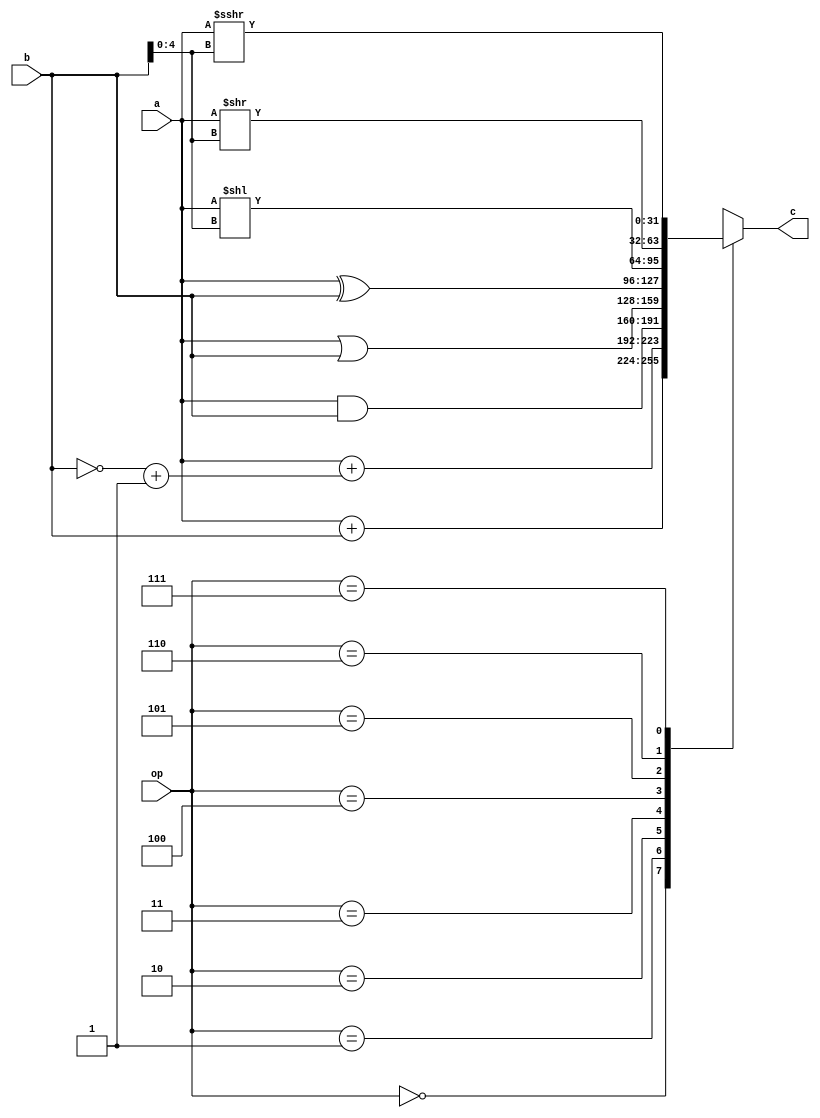
module ALU(
    input wire[31:0]a,
    input wire[31:0]b,
    input wire[2:0]op,       // cu.alu_op
    output wire[31:0]c
    );
    
    assign c = decoder(a, b, op);                           // op decoder
    function [31:0]decoder(input [31:0]a, input [31:0]b, input [2:0]op);
    begin
        case(op)
            3'd0:       decoder = a + b;                    // add
            3'd1:       decoder = a + ((~b) + 32'b1);       // sub
            3'd2:       decoder = a & b;                    // and
            3'd3:       decoder = a | b;                    // or
            3'd4:       decoder = a ^ b;                    // xor
            3'd5:       decoder = a << b[4:0];              // sll
            3'd6:       decoder = a >> b[4:0];              // srl
            3'd7:       decoder = ($signed(a)) >>> b[4:0];  // sra
            default:    decoder = 32'b0;
        endcase
    end
    endfunction
               
endmodule